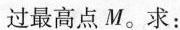
过最高点M。求：